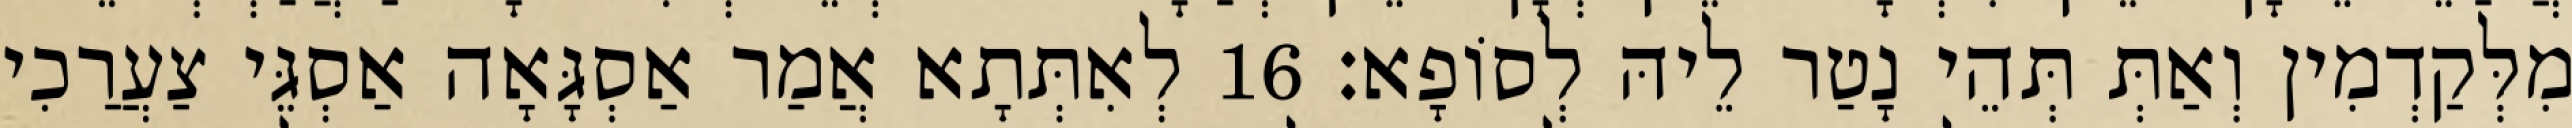
מִלְּקַדְמִין וְאַתְּ תְּהֵי נָטַר לֵיהּ לְסוֹפָא׃ 16 לְאִתְּתָא אֲמַר אַסְגָּאָה אַסְגֵּי צַעֲרַכִי